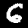
Label: 6